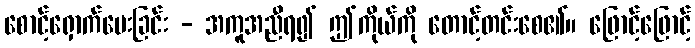
စောင့်ရှောက်ပေးခြင်း - အကူအညီရ၍ ဤကိုယ်ကို တောင့်တင်းစေ၏။ ဖြောင့်ဖြောင့်